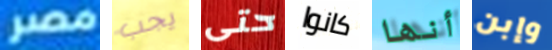
مصر يجب حتى كانوا أنها وإبن